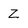
Character: Z